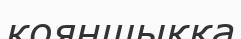
кояншыққа